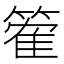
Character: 篧